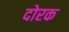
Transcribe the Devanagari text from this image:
दोरक